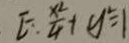
E : \frac { x ^ { 2 } } { 4 } + y ^ { 2 } = 1